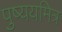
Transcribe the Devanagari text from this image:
पुष्ययमित्र